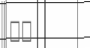
٣١